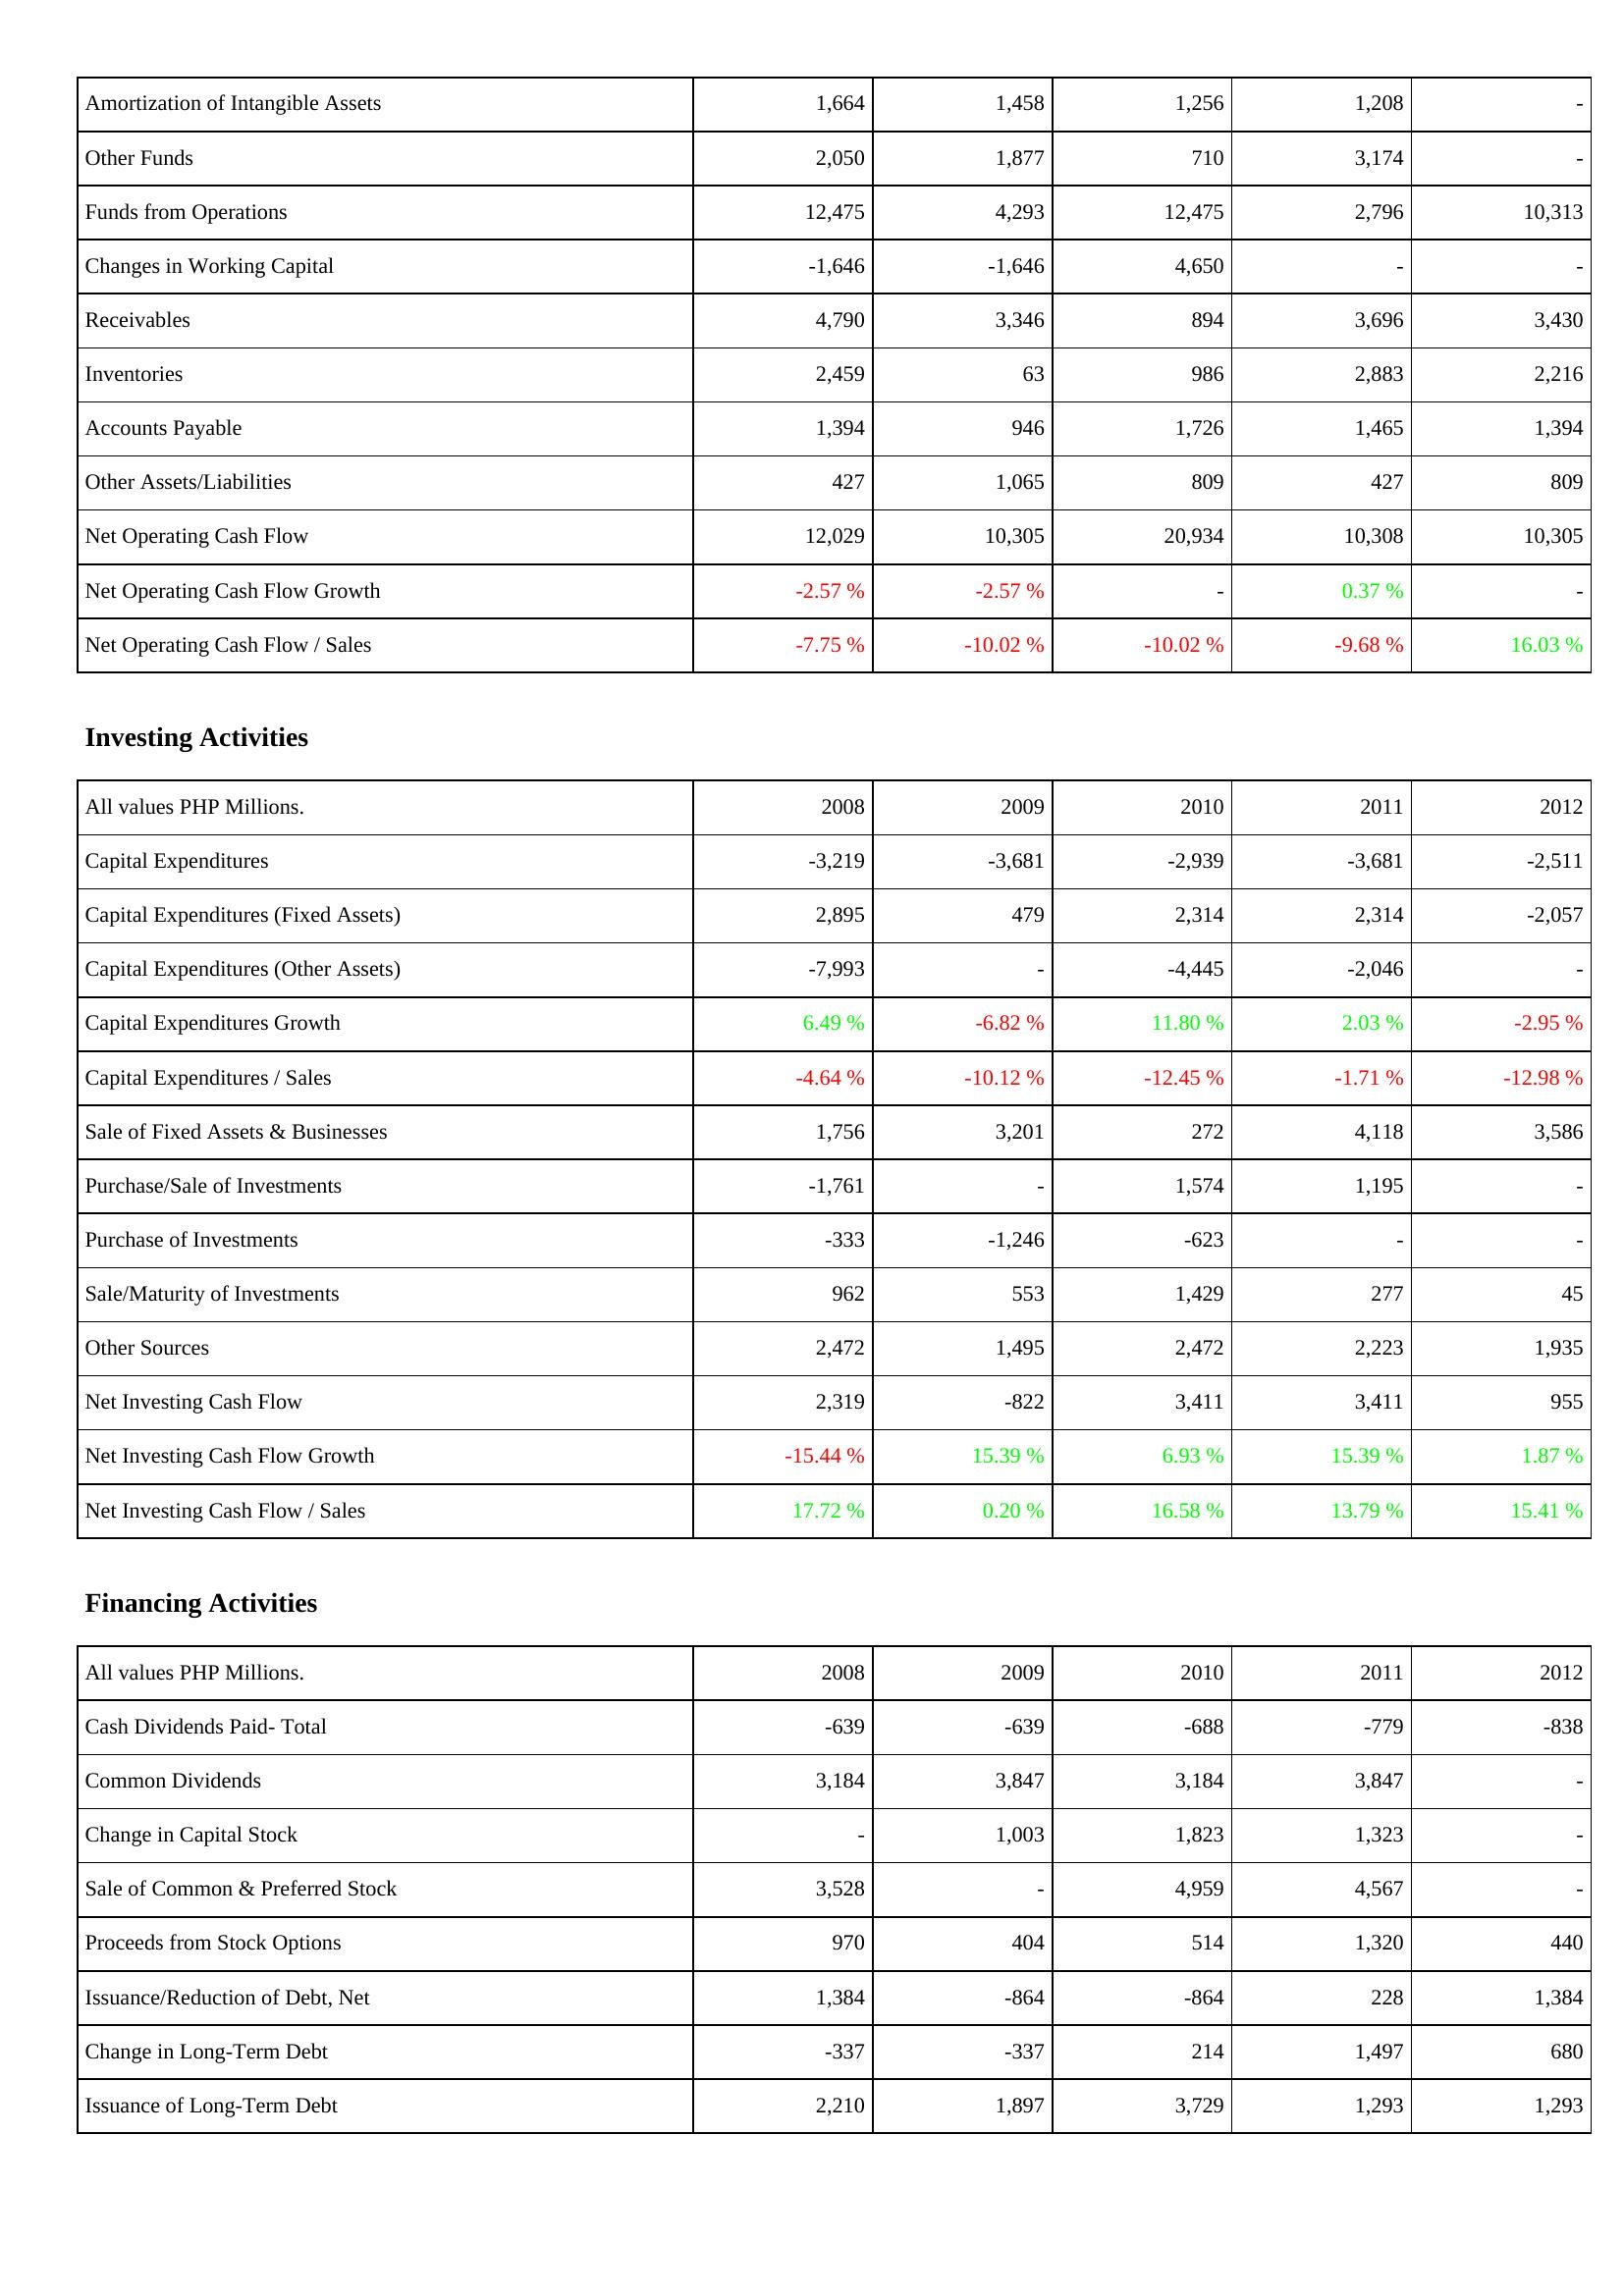
2008: Operating Activities: Amortization of Intangible Assets: 1,664
Other Funds: 2,050
Funds from Operations: 12,475
Changes in Working Capital: -1,646
Receivables: 4,790
Inventories: 2,459
Accounts Payable: 1,394
Other Assets/Liabilities: 427
Net Operating Cash Flow: 12,029
Net Operating Cash Flow Growth: -2.57 %
Net Operating Cash Flow / Sales: -7.75 %
Investing Activities: Capital Expenditures: -3,219
Capital Expenditures (Fixed Assets): 2,895
Capital Expenditures (Other Assets): -7,993
Capital Expenditures Growth: 6.49 %
Capital Expenditures / Sales: -4.64 %
Sale of Fixed Assets & Businesses: 1,756
Purchase/Sale of Investments: -1,761
Purchase of Investments: -333
Sale/Maturity of Investments: 962
Other Sources: 2,472
Net Investing Cash Flow: 2,319
Net Investing Cash Flow Growth: -15.44 %
Net Investing Cash Flow / Sales: 17.72 %
Financing Activities: Cash Dividends Paid- Total: -639
Common Dividends: 3,184
Change in Capital Stock: -
Sale of Common & Preferred Stock: 3,528
Proceeds from Stock Options: 970
Issuance/Reduction of Debt, Net: 1,384
Change in Long-Term Debt: -337
Issuance of Long-Term Debt: 2,210
2009: Operating Activities: Amortization of Intangible Assets: 1,458
Other Funds: 1,877
Funds from Operations: 4,293
Changes in Working Capital: -1,646
Receivables: 3,346
Inventories: 63
Accounts Payable: 946
Other Assets/Liabilities: 1,065
Net Operating Cash Flow: 10,305
Net Operating Cash Flow Growth: -2.57 %
Net Operating Cash Flow / Sales: -10.02 %
Investing Activities: Capital Expenditures: -3,681
Capital Expenditures (Fixed Assets): 479
Capital Expenditures (Other Assets): -
Capital Expenditures Growth: -6.82 %
Capital Expenditures / Sales: -10.12 %
Sale of Fixed Assets & Businesses: 3,201
Purchase/Sale of Investments: -
Purchase of Investments: -1,246
Sale/Maturity of Investments: 553
Other Sources: 1,495
Net Investing Cash Flow: -822
Net Investing Cash Flow Growth: 15.39 %
Net Investing Cash Flow / Sales: 0.20 %
Financing Activities: Cash Dividends Paid- Total: -639
Common Dividends: 3,847
Change in Capital Stock: 1,003
Sale of Common & Preferred Stock: -
Proceeds from Stock Options: 404
Issuance/Reduction of Debt, Net: -864
Change in Long-Term Debt: -337
Issuance of Long-Term Debt: 1,897
2010: Operating Activities: Amortization of Intangible Assets: 1,256
Other Funds: 710
Funds from Operations: 12,475
Changes in Working Capital: 4,650
Receivables: 894
Inventories: 986
Accounts Payable: 1,726
Other Assets/Liabilities: 809
Net Operating Cash Flow: 20,934
Net Operating Cash Flow Growth: -
Net Operating Cash Flow / Sales: -10.02 %
Investing Activities: Capital Expenditures: -2,939
Capital Expenditures (Fixed Assets): 2,314
Capital Expenditures (Other Assets): -4,445
Capital Expenditures Growth: 11.80 %
Capital Expenditures / Sales: -12.45 %
Sale of Fixed Assets & Businesses: 272
Purchase/Sale of Investments: 1,574
Purchase of Investments: -623
Sale/Maturity of Investments: 1,429
Other Sources: 2,472
Net Investing Cash Flow: 3,411
Net Investing Cash Flow Growth: 6.93 %
Net Investing Cash Flow / Sales: 16.58 %
Financing Activities: Cash Dividends Paid- Total: -688
Common Dividends: 3,184
Change in Capital Stock: 1,823
Sale of Common & Preferred Stock: 4,959
Proceeds from Stock Options: 514
Issuance/Reduction of Debt, Net: -864
Change in Long-Term Debt: 214
Issuance of Long-Term Debt: 3,729
2011: Operating Activities: Amortization of Intangible Assets: 1,208
Other Funds: 3,174
Funds from Operations: 2,796
Changes in Working Capital: -
Receivables: 3,696
Inventories: 2,883
Accounts Payable: 1,465
Other Assets/Liabilities: 427
Net Operating Cash Flow: 10,308
Net Operating Cash Flow Growth: 0.37 %
Net Operating Cash Flow / Sales: -9.68 %
Investing Activities: Capital Expenditures: -3,681
Capital Expenditures (Fixed Assets): 2,314
Capital Expenditures (Other Assets): -2,046
Capital Expenditures Growth: 2.03 %
Capital Expenditures / Sales: -1.71 %
Sale of Fixed Assets & Businesses: 4,118
Purchase/Sale of Investments: 1,195
Purchase of Investments: -
Sale/Maturity of Investments: 277
Other Sources: 2,223
Net Investing Cash Flow: 3,411
Net Investing Cash Flow Growth: 15.39 %
Net Investing Cash Flow / Sales: 13.79 %
Financing Activities: Cash Dividends Paid- Total: -779
Common Dividends: 3,847
Change in Capital Stock: 1,323
Sale of Common & Preferred Stock: 4,567
Proceeds from Stock Options: 1,320
Issuance/Reduction of Debt, Net: 228
Change in Long-Term Debt: 1,497
Issuance of Long-Term Debt: 1,293
2012: Operating Activities: Amortization of Intangible Assets: -
Other Funds: -
Funds from Operations: 10,313
Changes in Working Capital: -
Receivables: 3,430
Inventories: 2,216
Accounts Payable: 1,394
Other Assets/Liabilities: 809
Net Operating Cash Flow: 10,305
Net Operating Cash Flow Growth: -
Net Operating Cash Flow / Sales: 16.03 %
Investing Activities: Capital Expenditures: -2,511
Capital Expenditures (Fixed Assets): -2,057
Capital Expenditures (Other Assets): -
Capital Expenditures Growth: -2.95 %
Capital Expenditures / Sales: -12.98 %
Sale of Fixed Assets & Businesses: 3,586
Purchase/Sale of Investments: -
Purchase of Investments: -
Sale/Maturity of Investments: 45
Other Sources: 1,935
Net Investing Cash Flow: 955
Net Investing Cash Flow Growth: 1.87 %
Net Investing Cash Flow / Sales: 15.41 %
Financing Activities: Cash Dividends Paid- Total: -838
Common Dividends: -
Change in Capital Stock: -
Sale of Common & Preferred Stock: -
Proceeds from Stock Options: 440
Issuance/Reduction of Debt, Net: 1,384
Change in Long-Term Debt: 680
Issuance of Long-Term Debt: 1,293